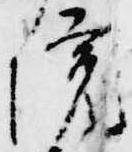
院